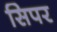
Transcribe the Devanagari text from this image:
सिपर